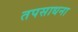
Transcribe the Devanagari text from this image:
तपसाधना